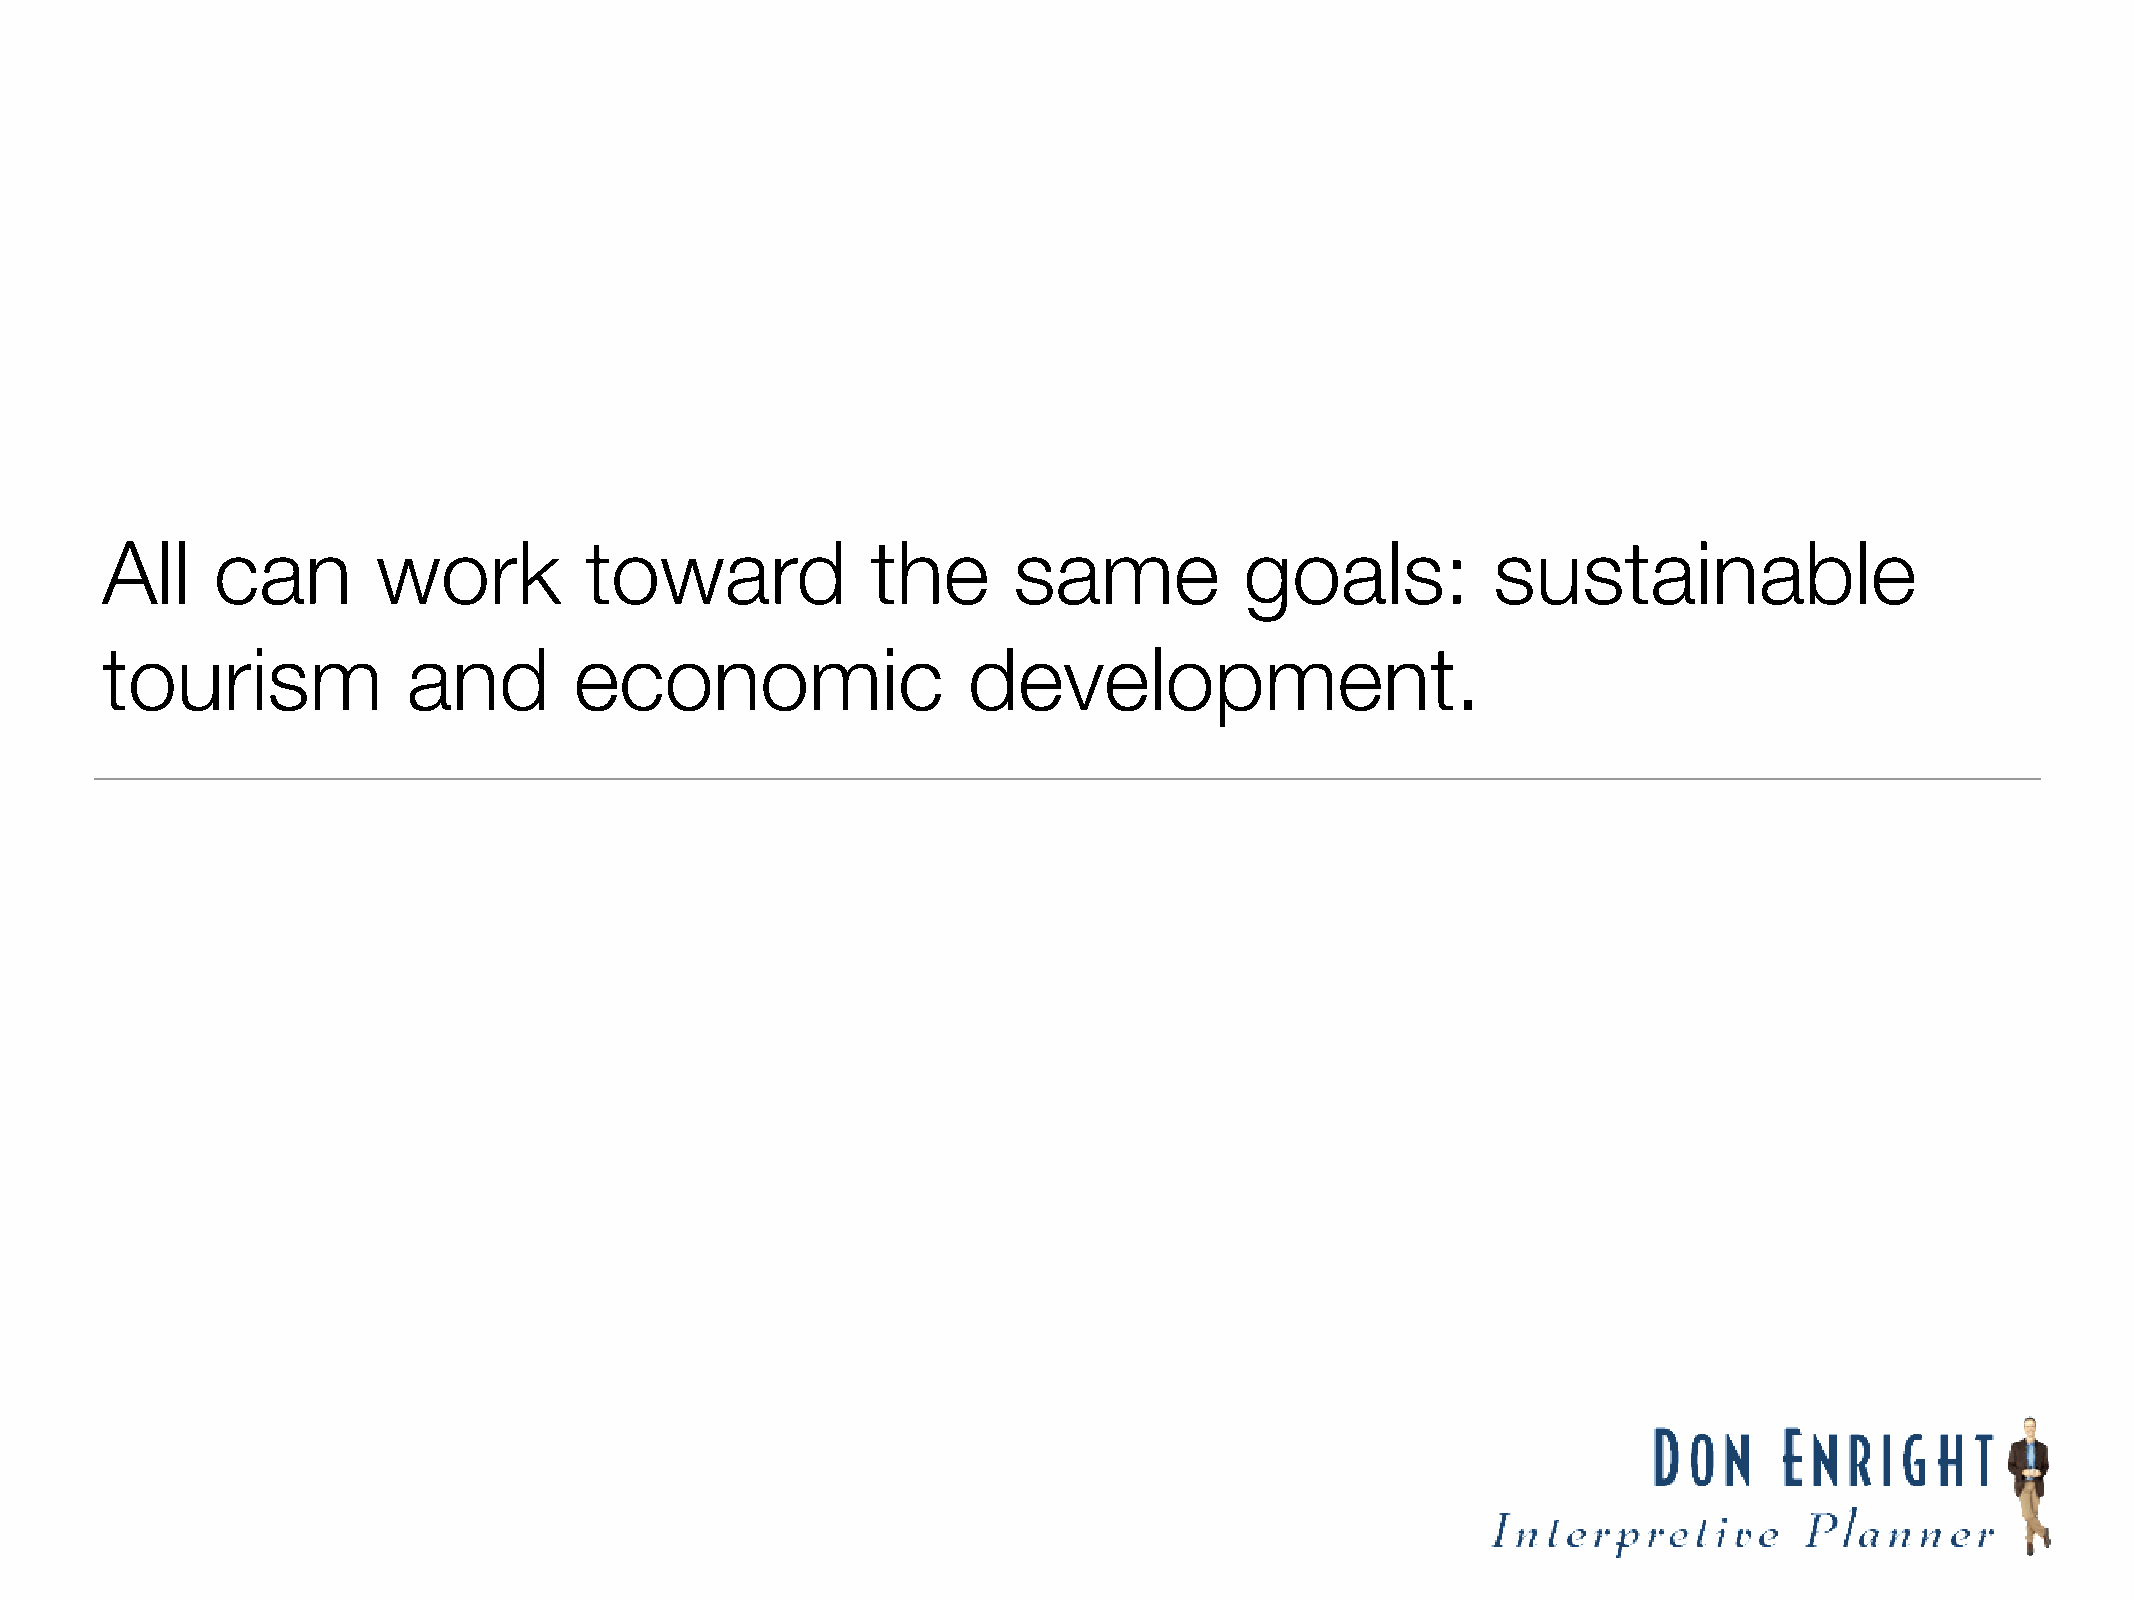
All    can        work          toward             the      same           goals:           sustainable
 tourism             and        economic                  development.